Vabadussoja_Ajaloo_Komitee, lk 66
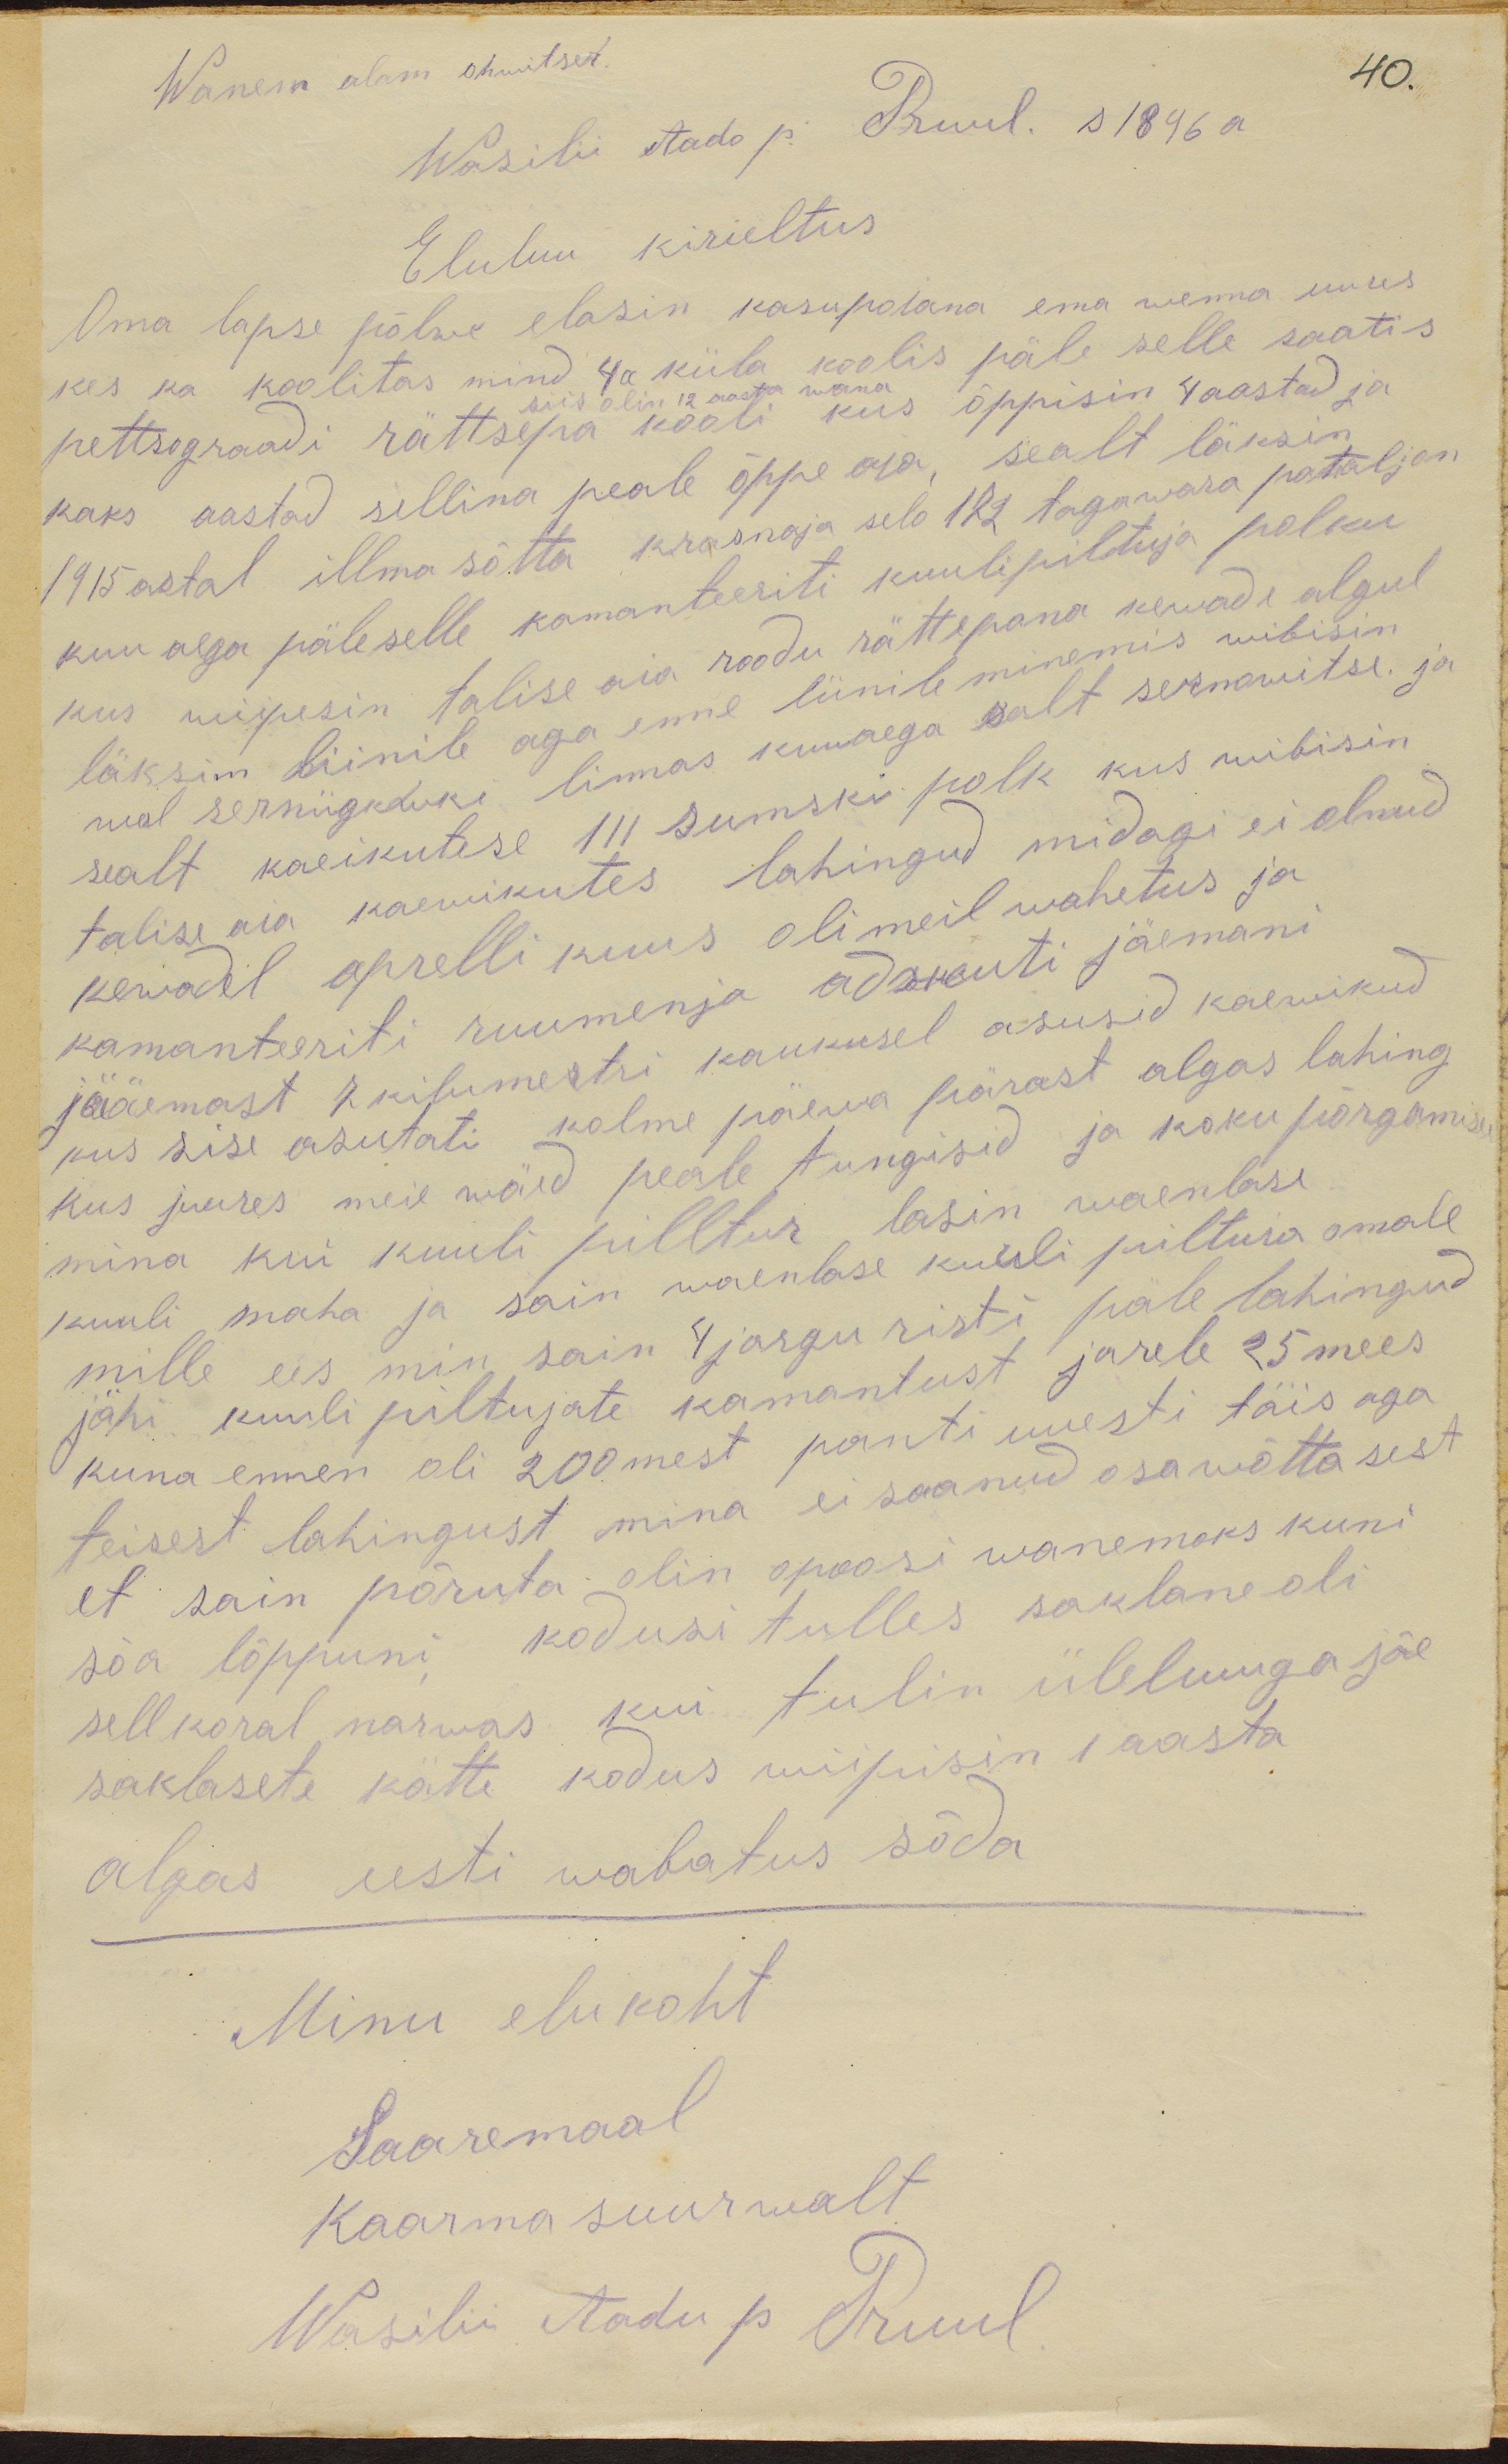
Wanem alam ohwitser
Wasilii Aado p. Pruul. s 1896 a
Eluluu kirieltus
Oma lapsepõlwe elasin kasupoiana ema wenna uures
kes ka koolitas mind 4 a küla koolis päle selle saatis
siis olin 12 aasta wana
pettrograadi rättsepa kooli kus õppisin 4 aastad ja
kaks aastad sellina peale õppe aia, sealt läksin
1915 astal illma sõtta krasnoja selo 172 tagawara pataljon
kuu aega päle selle komanteeriti kuulipiltuja polku
kus wiipesin talise aia roodu rättsepana kewade algul
läksin liinile aga enne liinile minemis wibisin
mal zerniigkduki linnas kuuaega salt sernawitse ja
sealt kaeikutese 111 sumski polk kus wibisin
talise aia kaewikutes lahingud midagi ei olnud
kewadel aprelli kuus oli meil wahetus ja
kamanteeriti ruumenja adshenti jäemani
jääemast 7 kilumertri kaukusel asusid kaewikud
kus sise asutati kolme päewa pärast algas lahing
kus juures meie wäed peale tungisid ja koku põrgamise
mina kui kuuli pilltur lasin waenlase
kuuli maha ja sain waenlase kuuli piltuia omale
mille ees min sain 4 jargu risti päle lahingud
jähi kuuli piltujate kamantust jarele 25 mees
kuna ennen oli 200 mest panti uuesti täis aga
teisest lahingust mina ei saanud osa wõtta sest
et sain põruta olin opoosi wanemaks kuni
sõa lõppuni kodusi tulles saklane oli
sell koral narwas kui tulin üleluuga jõe
saklasete kätte kodus wiipisin 1 aasta
algas eesti wabatus sõda
Minu elukoht
Saaremaal
Kaarma suurwalt
Wasilii Aadu p Pruul